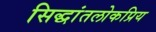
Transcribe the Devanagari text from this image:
सिद्धांतलोकप्रिय